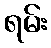
ရမ်း